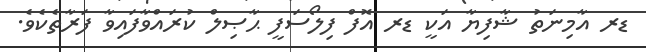
ޑރ އާމިނަތު ޝާފިޔާ އަކީ ޑރ އޮފް ފިލޯސަފީ ޙާޞިލް ކުރައްވާފައިވާ ފަރާތެކެވެ.